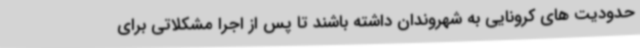
حدودیت های کرونایی به شهروندان داشته باشند تا پس از اجرا مشکلاتی برای